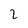
Character: 2